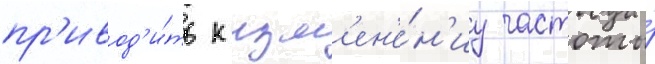
пр'ивод'и́ть к изм'ен'е́н'иу частоты́